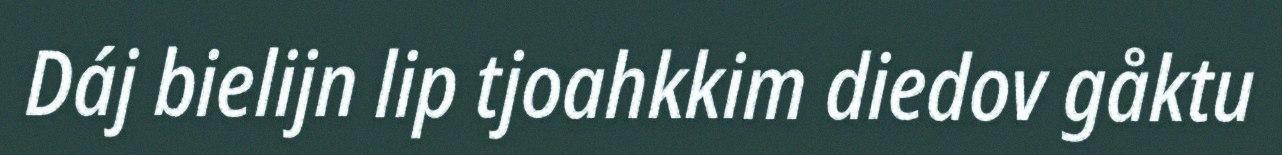
Dáj bielijn lip tjoahkkim diedov gåktu